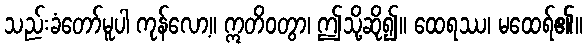
သည်းခံတော်မူပါ ကုန်လော့။ ဣတိဝတွာ၊ ဤသို့ဆို၍။ ထေရဿ၊ မထေရ်၏။